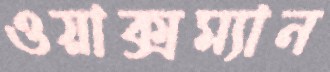
ওয়াক্সম্যান